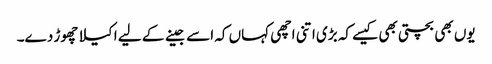
یوں بھی بچتی بھی کیسے کہ بڑی اتنی اچھی کہاں کہ اسے جینے کے لیے اکیلا چھوڑ دے۔